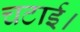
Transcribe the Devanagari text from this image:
चटाई।